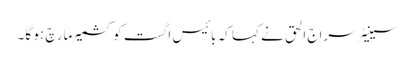
سینیٹر سراج الحق نے کہا کہ بائیس اگست کو کشمیر مارچ ہو گا۔